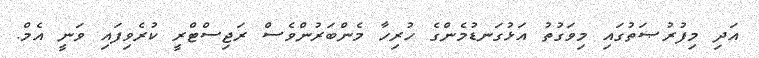
އަދި މިފުރުޞަތުގައި މިވަގުތު އަޅުގަނޑުމެންގެ ހުރިހާ މެންބަރުންވެސް ރަޖިސްޓްރީ ކުރެވިފައި ވަނީ އެމް.